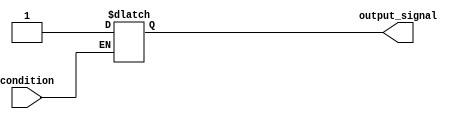
module WaitCondition (
    input wire condition,      // Input condition to wait for
    output reg output_signal   // Output signal post-condition
);
    
    // Initial state for the output_signal
    initial begin
        output_signal = 1'b0; // Default state
    end

    // Always block to monitor the condition
    always @(*) begin
        // Wait until the condition is true
        if (condition) begin
            // Condition is satisfied, perform operations
            output_signal = 1'b1; // Example operation; adjust as needed
        end else begin
            // Condition not met, retain previous output_signal state
            output_signal = output_signal; 
        end
    end

endmodule